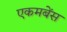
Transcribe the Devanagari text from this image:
एकमबेंस